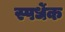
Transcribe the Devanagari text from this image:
स्पर्धेक